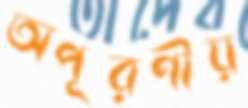
অপূরণীয়